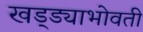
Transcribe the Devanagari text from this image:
खड्ड्याभोवती